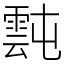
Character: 霕